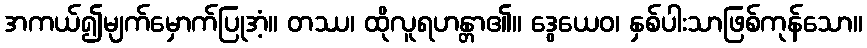
အကယ်၍မျက်မှောက်ပြုအံ့။ တဿ၊ ထိုလူရဟန္တာ၏။ ဒွေယေဝ၊ နှစ်ပါးသာဖြစ်ကုန်သော။